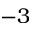
- 3